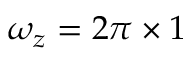
\omega _ { z } = 2 \pi \times 1